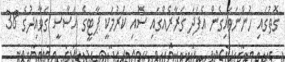
ގޮތުގައި ހުންނަވައިގެން އެފަދަ ގަރާރެއްގައި ސޮއި ކުރުމަކީ ޕާޓީގެ އަސާސީ ގަވާއިދުގެ 38